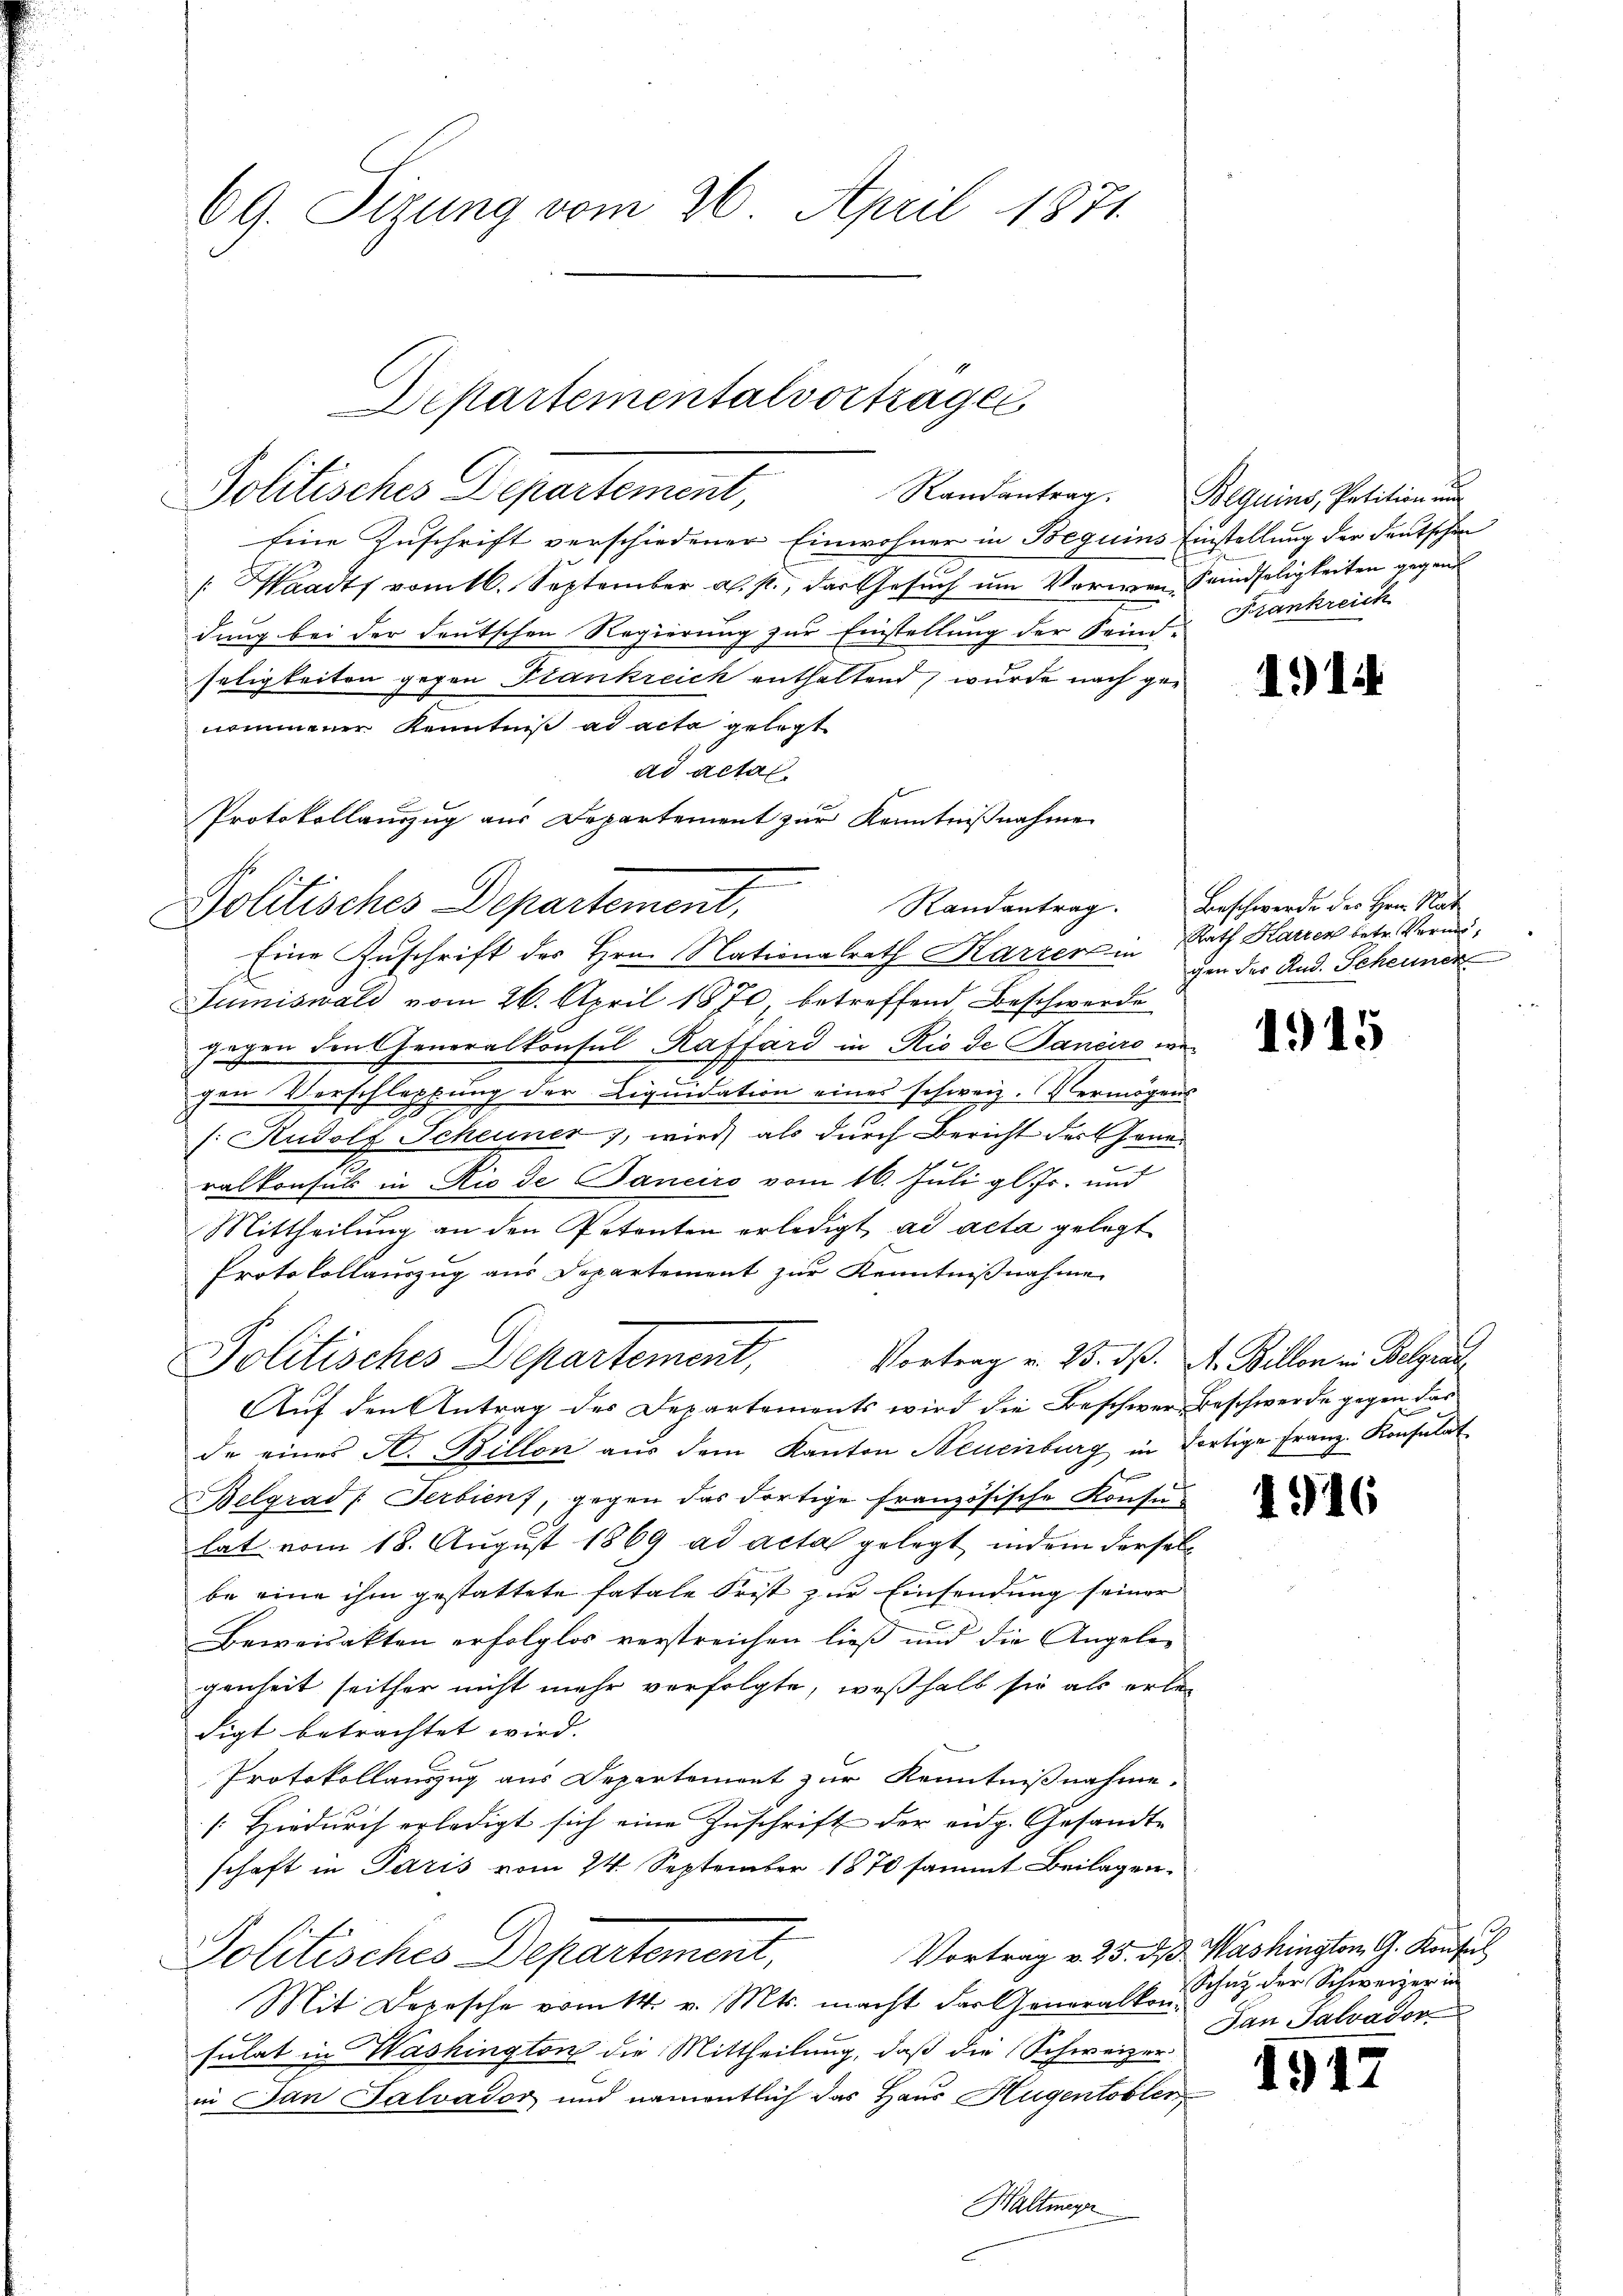
Eine Zuschrift verschiedener Einwohner in Beguins
Waadt vom 16. September a. p., der Gesuch um Vorwendung bei der deutschen Regierung zur Einstellung der Seini-
seligkeiten gegen Plankreich enthaltend, wurde nach genommener Kenntniß ad acta gelegt
ad actal.
Protokollauszug aus Departement zur Kenntnißnahme

69. Sizung vom 26. April 1871.

Departementalvortrage
Randantrag.
Politisches Departement,

Politisches Departement,

Eine Zuschrift des Hrn. Nationalrath Karrer in
Sumiswald vom 26. April 1870, betreffend, Beschwerde
gegen den Generalkonsul Raffard in Rio de Janeiro wegen Verschlopfung der Liquidation eines schweiz. Vermögens
/: Rudolf Scheuner, wird, als durch Bericht der Generalkonsul in Rio de Janeiro vom 16. Juli gl. Js. und
Mittheilung an den Petenten erledigt ad acta gelegt
Protokollauszug aus Departement zur Kenntnißnahme
Politisches Departement,
Auf den Antrag des Departements wird die Beschwer Beschwerde gegen das
de eines A. Billon aŭs dem Kanton Neuenburg in dortige Franz. Konsulat

Belgrad Serbienf, gegen das dortige französische Konsulat vom 18. August 1869 ad acta gelegt, indem derselbe eine ihm gestattete fatale Frist zur Einsendung seiner
Beweisakten erfolglos verstreichen ließ und die Angelegenheit seither nicht mehr verfolgte, weßhalb sie als erbe-
digt betrachtet wird.
Protokollauszug aus Departement zur Kenntnißnahme.
/. Hiedurch erledigt sich eine Zuschrift der eidg. Gesandte
schaft in Paris vom 24. September 1870 sammt Beilagen¬
Vortrag v. 25. dß Washington, G. Konsul
Politisches Departement,
Mit Depesche vom 14. v. Mts. macht der Generalkon Schaz der Schweizer in
sulat in Washington die Mittheilung, daß die Schweizer
in Jan Salvador und namentlich das Haus Hugentobler
Haltmeyn

Beguins, Petition und
Einstellung der Deutschen
Semdseligkeiten gegent
Frankreich

114

Randantrag. Beschwerde des Hrn. Nat
Rath Karren betr. Vermögen der And. Scheuner

1915

Vortrag v. 25. d. A. Billon in Belgrau

4

Dan Salvador

2

6